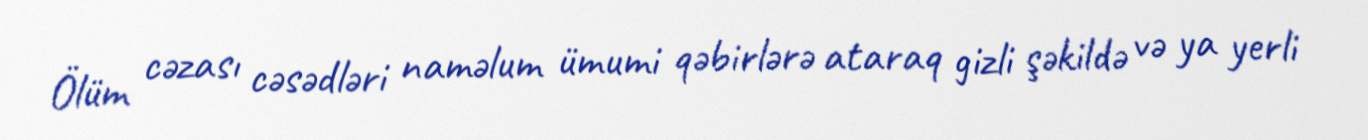
Ölüm cəzası cəsədləri naməlum ümumi qəbirlərə ataraq gizli şəkildə və ya yerli